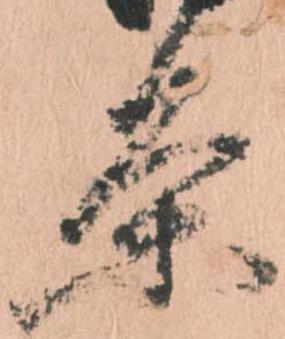
条